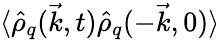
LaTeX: \langle\hat{\rho}_{q}(\vec{k},t)\hat{\rho}_{q}(-\vec{k},0)\rangle